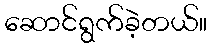
ဆောင်ရွက်ခဲ့တယ်။